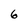
Character: 6